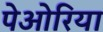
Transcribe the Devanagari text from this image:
पेओरिया